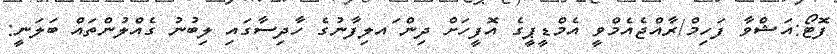
ފޮޓޯ:އަޝްވާ ފަހިމް/ރާއްޖެއެމްވީ އެމްޑީޕީގެ އޮފީހަށް ދިން ައލިފާނުގެ ހާދިސާގައި ލިބުނު ގެއްލުންތައް ބަލަނީ: